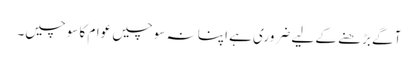
آگے بڑھنے کے لیے ضروری ہے اپنا نہ سوچیں عوام کا سوچیں۔